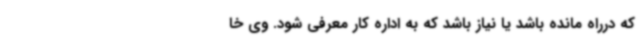
که درراه مانده باشد یا نیاز باشد که به اداره کار معرفی شود. وی خا